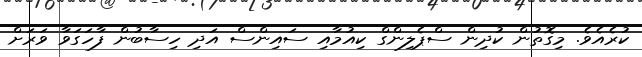
ކުރެއެވެ. މިގޮތުން ކުދިން ސްޕެލިންގް ކިއުމާއި ސައިންސް އަދި ހިސާބުން ފާހަގަވާ ވަރަށް